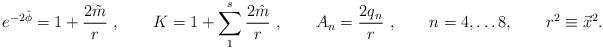
LaTeX: \begin{align*}e^{-2\hat \phi}= 1+ {2\tilde m\over r}\ , \qquad K = 1+\sum_1^s {2\hat m\over r}\ , \qquad A_n = {2 q_n\over r}\ ,\qquad n=4, \dots 8, \qquad r ^2 \equiv \vec x^2.\end{align*}